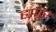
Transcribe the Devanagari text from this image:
हापुर